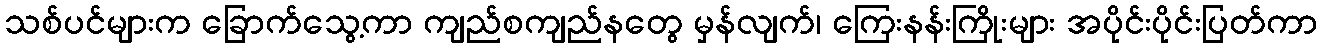
သစ်ပင်များက ခြောက်သွေ့ကာ ကျည်စကျည်နတွေ မှန်လျက်၊ ကြေးနန်းကြိုးများ အပိုင်းပိုင်းပြတ်ကာ